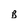
Character: B